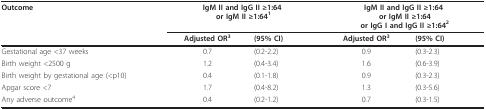
<table><thead><tr><td><b>Outcome</b></td><td colspan="2"><b>IgM II and IgG II ≥1:64 or IgM II ≥1:64<sup>1</sup></b></td><td colspan="2"><b>IgM II and IgG II ≥1:64 or IgM II ≥1:64 or IgG I and IgG II ≥1:64<sup>2</sup></b></td></tr><tr><td></td><td><b>Adjusted OR<sup>3</sup></b></td><td><b>(95% CI)</b></td><td><b>Adjusted OR<sup>3</sup></b></td><td><b>(95% CI)</b></td></tr></thead><tbody><tr><td>Gestational age &lt;37 weeks</td><td>0.7</td><td>(0.2-2.2)</td><td>0.9</td><td>(0.3-2.3)</td></tr><tr><td>Birth weight &lt;2500 g</td><td>1.2</td><td>(0.4-3.4)</td><td>1.6</td><td>(0.6-3.9)</td></tr><tr><td>Birth weight by gestational age (&lt;p10)</td><td>0.4</td><td>(0.1-1.8)</td><td>0.9</td><td>(0.3-2.3)</td></tr><tr><td>Apgar score &lt;7</td><td>1.7</td><td>(0.4-8.2)</td><td>1.3</td><td>(0.3-5.6)</td></tr><tr><td>Any adverse outcome<sup>4</sup></td><td>0.4</td><td>(0.2-1.2)</td><td>0.7</td><td>(0.3-1.5)</td></tr></tbody></table>